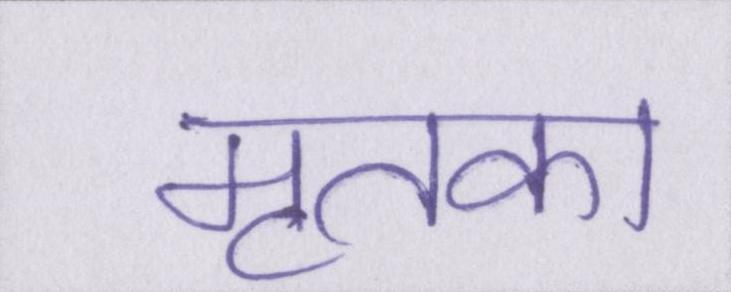
मृतका